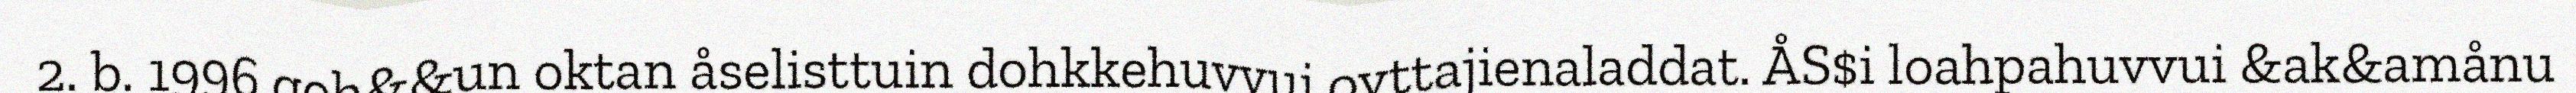
2. b. 1996 goh&&un oktan åselisttuin dohkkehuvvui ovttajienaladdat. ÅS$i loahpahuvvui &ak&amånu